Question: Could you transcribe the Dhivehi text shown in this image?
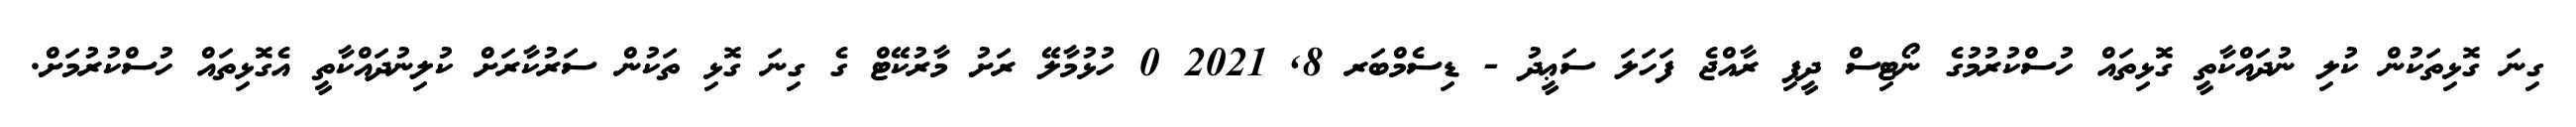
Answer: ގިނަ ގޮޅިތަކުން ކުލި ނުދައްކާތީ ގޮޅިތައް ހުސްކުރުމުގެ ނޯޓިސް ދީފި ރާއްޖެ ފަހަލަ ސަޢީދު - ޑިސެމްބަރ 8, 2021 0 ހުޅުމާލޭ ރަށު މާރުކޭޓް ގެ ގިނަ ގޮޅި ތަކުން ސަރުކާރަށް ކުލިނުދައްކާތީ އެގޮޅިތައް ހުސްކުރުމަށް.